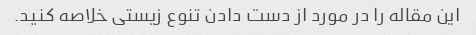
این مقاله را در مورد از دست دادن تنوع زیستی خلاصه کنید.